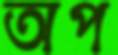
অপ